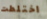
اختلطت